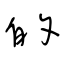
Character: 的